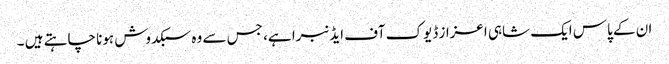
ان کے پاس ایک شاہی اعزاز ڈیوک آف ایڈنبرا ہے، جس سے وہ سبکدوش ہونا چاہتے ہیں ۔